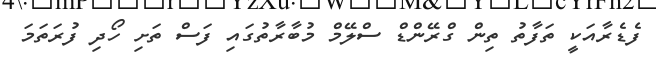
ފެޑެރާއަކީ ތަފާތު ތިން ގްރޭންޑް ސްލޭމް މުބާރާތުގައި ފަސް ތަށި ހޯދި ފުރަތަމަ